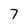
Character: 7